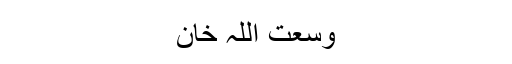
وسعت اللہ خان